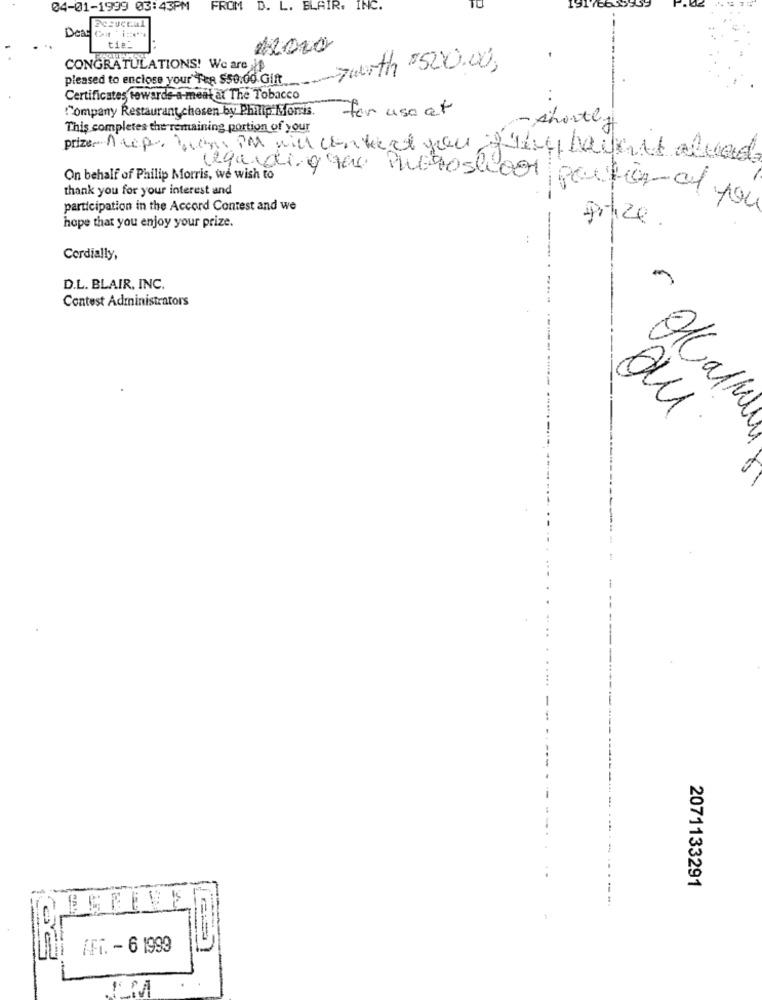
04-01-1999 03:43PM
FROM
D. L. BLAIR. INC.
Deas cari :.
tial
1.000
CONGRATULATIONS! We are
zworth "520.00,
pleased to enclose your Tes $50.00 Gift
Certificates towards-a-meat al The Tobacco
Company Restaurant chosen by Philip Morris.
for use at
This completes the remaining portion of your
-shortly
prize Rue ben im will contact you führt, haven't alvad
regardingque Photoslicor
On behalf of Philip Morris, we wish to
thank you for your interest and
participation in the Accord Contest and we
hope that you enjoy your prize.
prize .
Cordially,
D.L. BLAIR, INC.
Contest Administrators
---
AlCalme
du
2071133291
1
IFi. - 6 1999